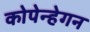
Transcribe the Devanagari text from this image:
कोपेन्हेगन